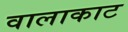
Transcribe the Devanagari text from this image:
वालाकाट